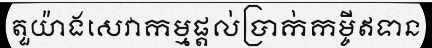
តួយ៉ាងសេវាកម្មផ្តល់ប្រាក់កម្ចីឥទាន